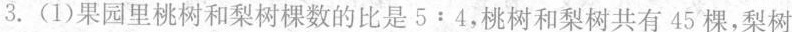
3.（1）果园里桃树和梨树棵数的比是5:4，桃树和梨树共有45棵，梨树